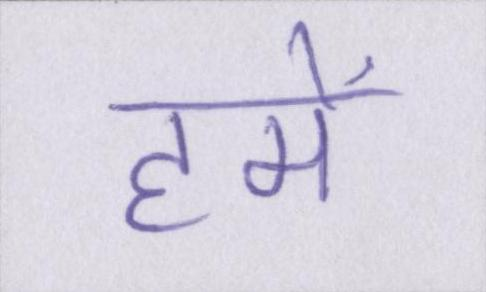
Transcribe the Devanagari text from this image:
हमें